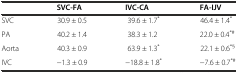
<table><thead><tr><td></td><td><b>SVC-FA</b></td><td><b>IVC-CA</b></td><td><b>FA-IJV</b></td></tr></thead><tbody><tr><td>SVC</td><td>30.9 ± 0.5</td><td>39.6 ± 1.7<sup>*</sup></td><td>46.4 ± 1.4<sup>*</sup></td></tr><tr><td>PA</td><td>40.2 ± 1.4</td><td>38.3 ± 1.2</td><td>22.0 ± 0.4<sup>*#</sup></td></tr><tr><td>Aorta</td><td>40.3 ± 0.9</td><td>63.9 ± 1.3<sup>*</sup></td><td>22.1 ± 0.6<sup>*§</sup></td></tr><tr><td>IVC</td><td>−1.3 ± 0.9</td><td>−18.8 ± 1.8<sup>*</sup></td><td>−7.6 ± 0.7<sup>*#</sup></td></tr></tbody></table>